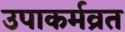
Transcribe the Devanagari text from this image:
उपाकर्मव्रत